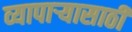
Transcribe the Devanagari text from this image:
व्यापार्‍यासाठी